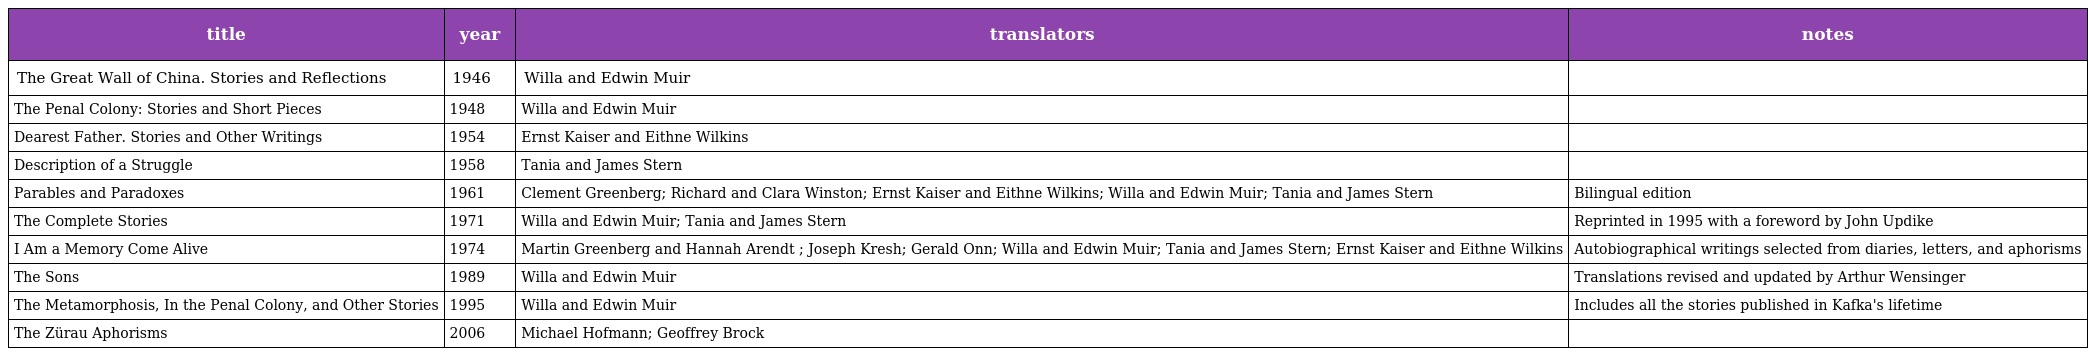
| title | year | translators | notes |
 | --- | --- | --- | --- |
 | The Great Wall of China. Stories and Reflections | 1946 | Willa and Edwin Muir |  |
 | The Penal Colony: Stories and Short Pieces | 1948 | Willa and Edwin Muir |  |
 | Dearest Father. Stories and Other Writings | 1954 | Ernst Kaiser and Eithne Wilkins |  |
 | Description of a Struggle | 1958 | Tania and James Stern |  |
 | Parables and Paradoxes | 1961 | Clement Greenberg; Richard and Clara Winston; Ernst Kaiser and Eithne Wilkins; Willa and Edwin Muir; Tania and James Stern | Bilingual edition |
 | The Complete Stories | 1971 | Willa and Edwin Muir; Tania and James Stern | Reprinted in 1995 with a foreword by John Updike |
 | I Am a Memory Come Alive | 1974 | Martin Greenberg and Hannah Arendt ; Joseph Kresh; Gerald Onn; Willa and Edwin Muir; Tania and James Stern; Ernst Kaiser and Eithne Wilkins | Autobiographical writings selected from diaries, letters, and aphorisms |
 | The Sons | 1989 | Willa and Edwin Muir | Translations revised and updated by Arthur Wensinger |
 | The Metamorphosis, In the Penal Colony, and Other Stories | 1995 | Willa and Edwin Muir | Includes all the stories published in Kafka's lifetime |
 | The Zürau Aphorisms | 2006 | Michael Hofmann; Geoffrey Brock |  |